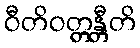
ဝီတိဝတ္တန္တီတိ